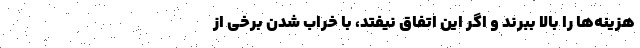
هزینه‌ها را بالا ببرند و اگر این اتفاق نیفتد، با خراب شدن برخی از